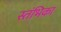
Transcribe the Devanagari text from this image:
स्तंभिका